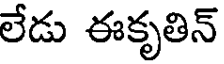
లేడు ఈకృతిన్